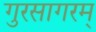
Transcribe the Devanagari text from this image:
गुरसागरम्